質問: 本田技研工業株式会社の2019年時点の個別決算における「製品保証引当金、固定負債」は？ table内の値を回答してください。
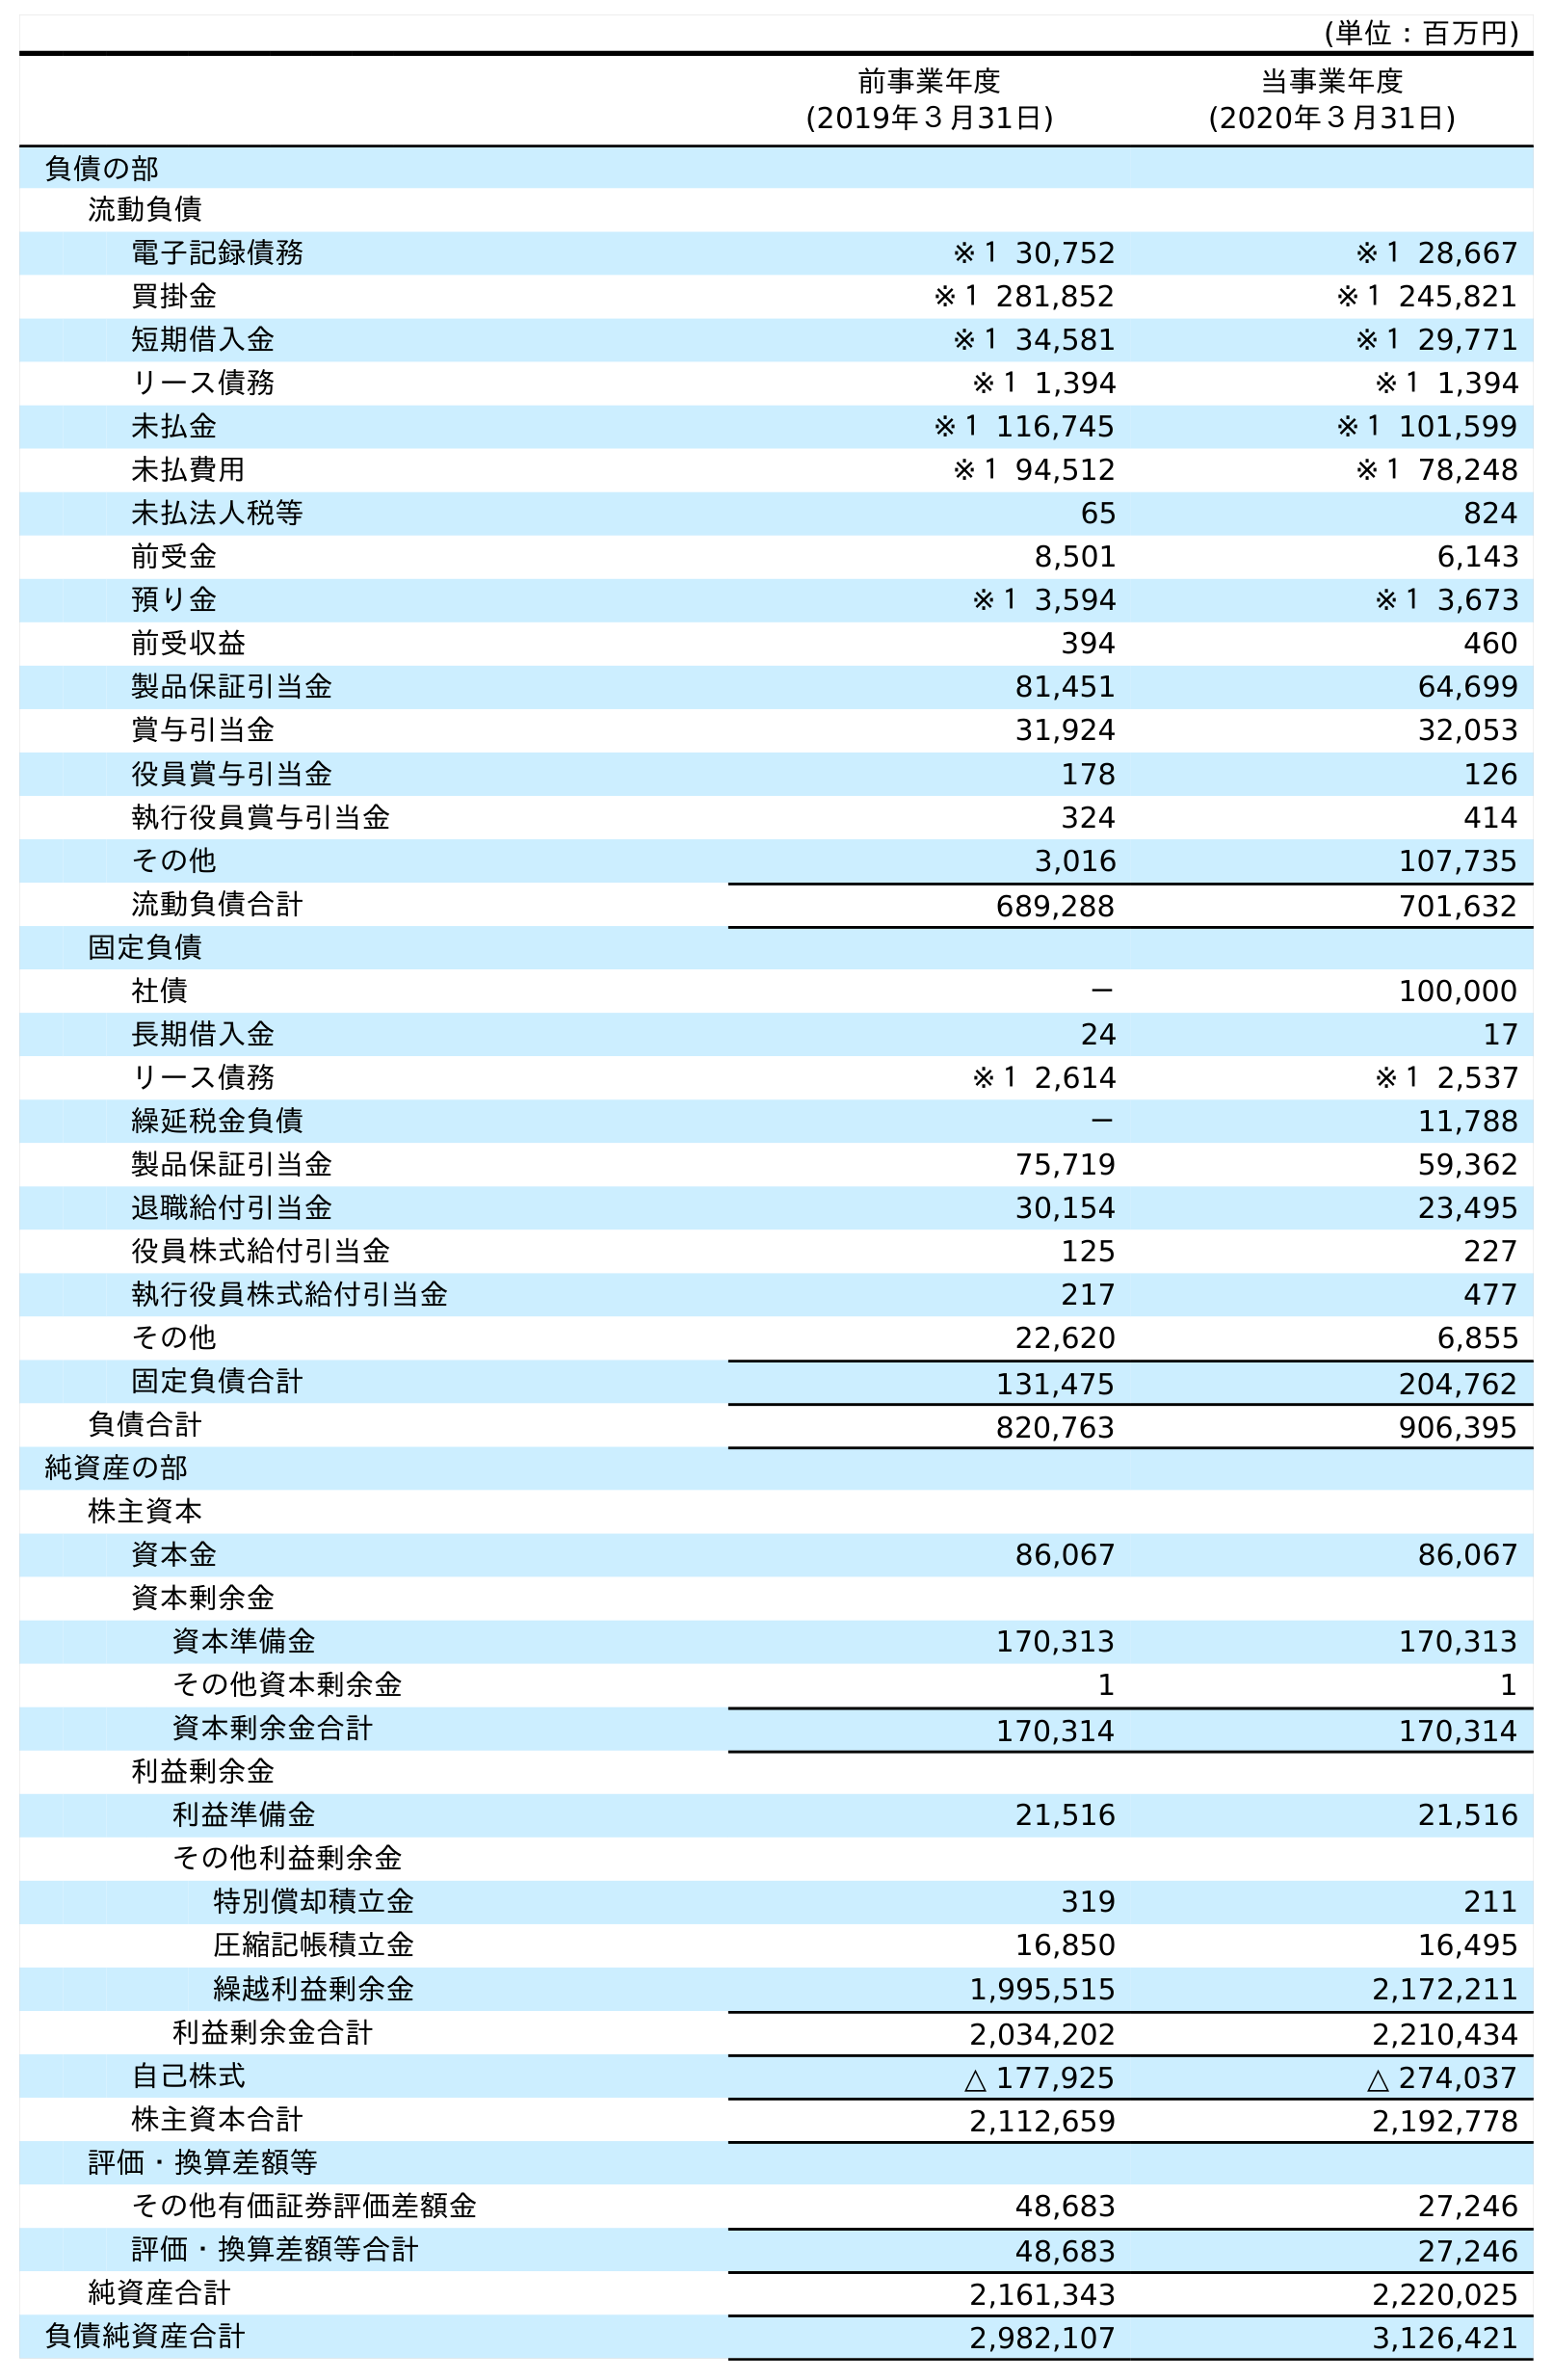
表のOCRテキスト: (単位：百万円) 前事業年度 (2019年３月31日) 当事業年度 (2020年３月31日) 負債の部 流動負債 電子記録債務 ※１ 30,752 ※１ 28,667 買掛金 ※１ 281,852 ※１ 245,821 短期借入金 ※１ 34,581 ※１ 29,771 リース債務 ※１ 1,394 ※１ 1,394 未払金 ※１ 116,745 ※１ 101,599 未払費用 ※１ 94,512 ※１ 78,248 未払法人税等 65 824 前受金 8,501 6,143 預り金 ※１ 3,594 ※１ 3,673 前受収益 394 460 製品保証引当金 81,451 64,699 賞与引当金 31,924 32,053 役員賞与引当金 178 126 執行役員賞与引当金 324 414 その他 3,016 107,735 流動負債合計 689,288 701,632 固定負債 社債 － 100,000 長期借入金 24 17 リース債務 ※１ 2,614 ※１ 2,537 繰延税金負債 － 11,788 製品保証引当金 75,719 59,362 退職給付引当金 30,154 23,495 役員株式給付引当金 125 227 執行役員株式給付引当金 217 477 その他 22,620 6,855 固定負債合計 131,475 204,762 負債合計 820,763 906,395 純資産の部 株主資本 資本金 86,067 86,067 資本剰余金 資本準備金 170,313 170,313 その他資本剰余金 1 1 資本剰余金合計 170,314 170,314 利益剰余金 利益準備金 21,516 21,516 その他利益剰余金 特別償却積立金 319 211 圧縮記帳積立金 16,850 16,495 繰越利益剰余金 1,995,515 2,172,211 利益剰余金合計 2,034,202 2,210,434 自己株式 △ 177,925 △ 274,037 株主資本合計 2,112,659 2,192,778 評価・換算差額等 その他有価証券評価差額金 48,683 27,246 評価・換算差額等合計 48,683 27,246 純資産合計 2,161,343 2,220,025 負債純資産合計 2,982,107 3,126,421
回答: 75,719